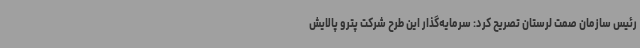
رئیس سازمان صمت لرستان تصریح کرد: سرمایه‌گذار این طرح شرکت پترو پالایش